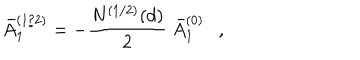
LaTeX: \bar { A } _ { 1 } ^ { ( 1 / 2 ) } = - { \frac { N ^ { ( 1 / 2 ) } ( d ) } { 2 } } ~ \bar { A } _ { 1 } ^ { ( 0 ) } ,